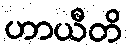
ဟာယီတိ